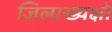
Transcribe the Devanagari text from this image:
जिलाख्यक्षों